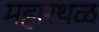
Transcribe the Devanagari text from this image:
महारथळ